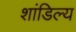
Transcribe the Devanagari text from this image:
शांडिल्‍य